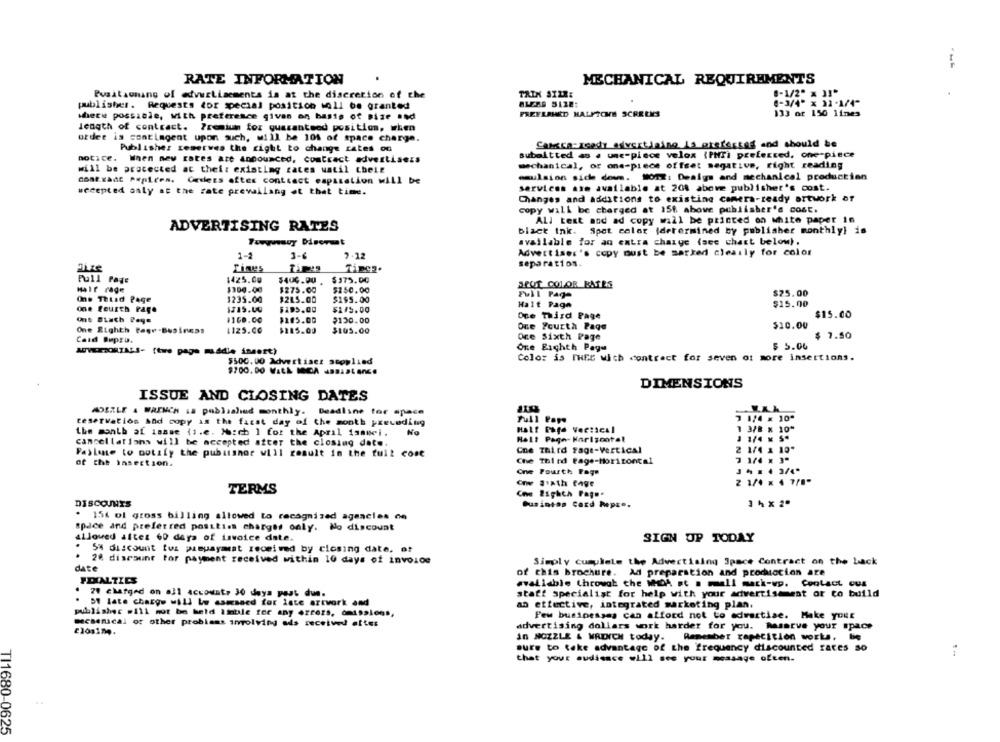
---
RATE INFORMATION
MECHANICAL REQUIREMENTS
Positaonang of advertisements is at the discretion of the
TAIK SIZE:
8-1/2" x 3]"
(-3/4" x 32 -1/4"
publisher. Requests for special position woll be granted
where possible, with preference given on basis of Bize sad
FREELAHED HALFTCHE SCREENS
133 of 150 lines
length of contract. Premium for guaranteed position, when
order is contingent upon such, will be 101 of space charge.
Publisher reserves the right to change cates od
Corsica-ready advertising is aretesses and should be
submitted as . une-piece velox (PHfri preferred, one-piece
notice. When new rates are announced, contract advertisers
mechanical, or one-piece offset negative, right reading
will be protected at thei: existing cates watil their
emulsion side down. MOTZ: Design and mechanical production
Cadets after contact capasation will be
wecepted only at the rate prevailang ot that time.
services are available at 20% above publisher's cost.
Changes and additions to existing camera-ready artwork of
copy will be charged at 156 above publisher's cost.
All test and ad copy will be printed on white paper in
ADVERTISING RATES
black Ink. Spot color (determined by publisher monthly! is
Turynsuy Divormat
available for an extra charge (see chart below).
Advertiser's copy must be marked clearly for color
1-2
1-6
7-12
Times
separation.
Times.
Pull Page
1425.00
$400.00
$375.00
Hair rage
$300.00
$275.00
$250.00
SPOT COLOR BATES
$25.00
One Thisd Page
1235.00
$215.00
$1$5.00
Halt Paga
$15.00
one fourth Page
$295.00
51/5.00
Ont Binch Paye
1160.00
$205.00
$130.00
One Third Page
$15.00
One Yourth Page
$10.00
One Righth Page-Business
1125.00
$215.00
$105.00
Caid RuprD.
Ore Sixth Page
$ 7.50
One Eichth Page
$ 5.00
AUVERSORIALS- (two page maddie insert)
Color is THEE with contract for seven ot more insertions.
$500.00 Advertises scoplied
DIMENSIONS
ISSUE AND CLOSING DATES
ADEZLE & WAINCH is published monthly. Deadline for space
teservatios And copy is the first day of the month preceding
Full Pays
7 1/4 x 10"
1 3/8
10*
Lhe month af issue (i.e. Moich ] for the April isauel.
Helt Page-Horizontal
1 1/4 MS.
cancellations will be accepted after the closing date.
Failure to notify the pubusnor will result in the full cost
Cne Third Fage-Vertical
2 1/4 1 10*
Che Third tage-Horizontal
of the insertion.
One Fourth Faga
one Jiath tage
2 1/4 x 4 7/8"
TERMS
Cne Eighth Page-
DISCOUNTS
Dusintas Card Repre.
.
15( ol gross billing allowed to recognized agencies on
space and preferred posttiss charges only. No discount
Allowed altes 60 days of invoice date.
SIGN UP TODAY
5% discount tos pampayment received by closing date, of
.
28 discount for payment received within 10 days of invoice
Simply cumulele the Advertising Space Contract on the back
date
of this brochure.
Ad preparation and promocion are
FDIALTICS
available throwat the WHOA st a mell mack-wp. Contact cus
70 chatged on all account, 30 days past due.
staff specialist for help with your advertisement or to build
ST late charge will be asmaned for late artwork and
an effective, integrated marketing plan.
publisher .111 mot be held imble for any errors, omissions,
Pew businesses can afford not to advertise. Make your
McMenical of other problems involving ads received efter
advertising dollars work harder for you. Masarve your space
in NOZZLE & WROICH today. Remember rapecition works. be
sure to take advantage of the frequency discounted rates so
that your audience will see your message often-
TI1680-0625